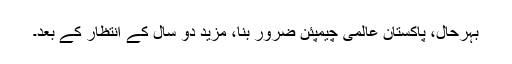
بہرحال، پاکستان عالمی چیمپئن ضرور بنا، مزید دو سال کے انتظار کے بعد۔